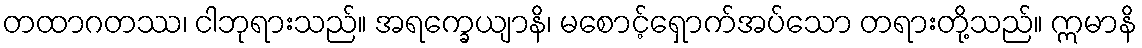
တထာဂတဿ၊ ငါဘုရားသည်။ အရက္ခေယျာနိ၊ မစောင့်ရှောက်အပ်သော တရားတို့သည်။ ဣမာနိ